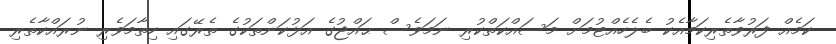
ކަމެއް ފަރުވާތެރިކަމާއެކު ބެލެހެއްޓުމަށް މަސައްކަތްކުރި ނަމަވެސް ޙައްޖުގެ އަޅުކަންތަކުގެ ތެރޭގައި ހިތާމަވެރި ނުރައްކާތެރި